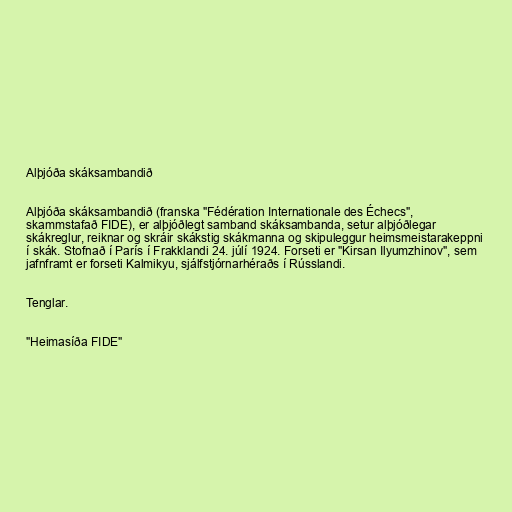
Alþjóða skáksambandið

Alþjóða skáksambandið (franska "Fédération Internationale des Échecs",
skammstafað FIDE), er alþjóðlegt samband skáksambanda, setur alþjóðlegar
skákreglur, reiknar og skráir skákstig skákmanna og skipuleggur heimsmeistarakeppni
í skák. Stofnað í París í Frakklandi 24. júlí 1924. Forseti er "Kirsan Ilyumzhinov", sem
jafnframt er forseti Kalmikyu, sjálfstjórnarhéraðs í Rússlandi.

Tenglar.

"Heimasíða FIDE"